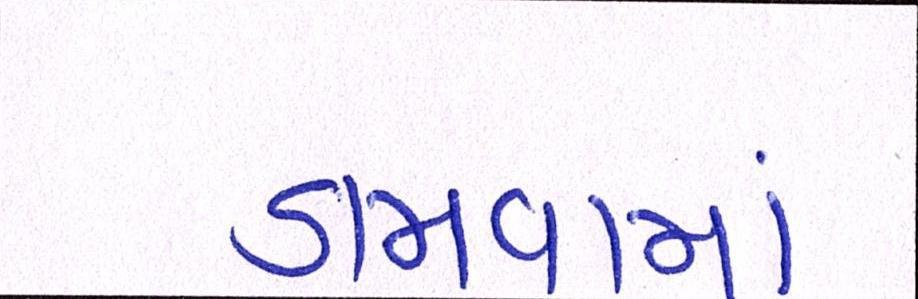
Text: ડામવામાં